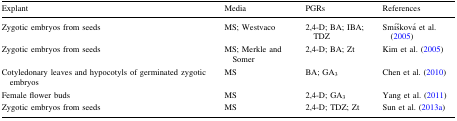
<table><thead><tr><td><b>Explant</b></td><td><b>Media</b></td><td><b>PGRs</b></td><td><b>References</b></td></tr></thead><tbody><tr><td>Zygotic embryos from seeds</td><td>MS; Westvaco</td><td>2,4-D; BA; IBA; TDZ</td><td>Smíšková et al. (2005)</td></tr><tr><td>Zygotic embryos from seeds</td><td>MS; Merkle and Somer</td><td>2,4-D; BA; Zt</td><td>Kim et al. (2005)</td></tr><tr><td>Cotyledonary leaves and hypocotyls of germinated zygotic embryos</td><td>MS</td><td>BA; GA<sub>3</sub></td><td>Chen et al. (2010)</td></tr><tr><td>Female flower buds</td><td>MS</td><td>2,4-D; GA<sub>3</sub></td><td>Yang et al. (2011)</td></tr><tr><td>Zygotic embryos from seeds</td><td>MS</td><td>2,4-D; TDZ; Zt</td><td>Sun et al. (2013a)</td></tr></tbody></table>